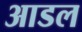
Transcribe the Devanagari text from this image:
आडल